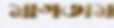
মাগতাম